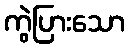
ကွဲပြားသော